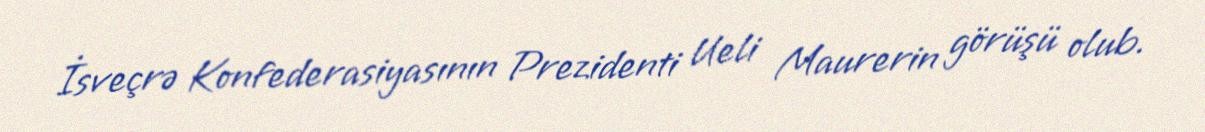
İsveçrə Konfederasiyasının Prezidenti Ueli Maurerin görüşü olub.